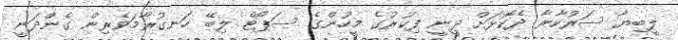
ލީބިޔާ ސަރުކާރާ ދެކޮޅަށް ދީނީ ފިކުރުގެ މީހުންގެ ސަޕޯޓް ލިބޭ ހަނގުރާމަވެރިން ގެންދަނީ